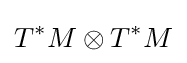
T^{*}M\otimes T^{*}M